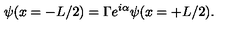
\psi ( x = - L / 2 ) = \Gamma e ^ { i \alpha } \psi ( x = + L / 2 ) .